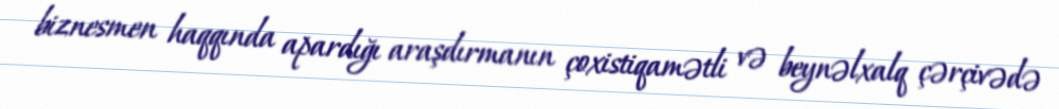
biznesmen haqqında apardığı araşdırmanın çoxistiqamətli və beynəlxalq çərçivədə